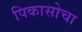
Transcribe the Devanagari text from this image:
पिकासोचा